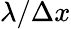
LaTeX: \lambda/\Delta x